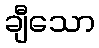
ချီသော